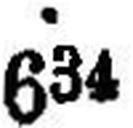
634